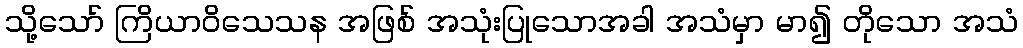
သို့သော် ကြိယာဝိသေသန အဖြစ် အသုံးပြုသောအခါ အသံမှာ မာ၍ တိုသော အသံ